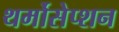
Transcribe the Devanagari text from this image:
थर्मोसेप्शन